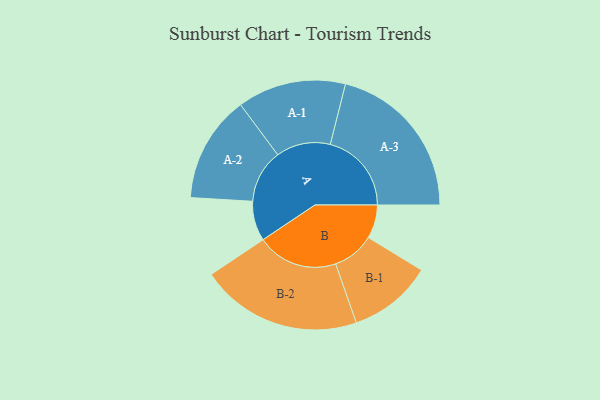
{"axis": {"x": "Segment", "y": "Value"}, "legend": ["", "A", "B"], "data": [{"x": "A", "y": 142, "type": ""}, {"x": "B", "y": 120, "type": ""}, {"x": "A-1", "y": 194, "type": "A"}, {"x": "A-2", "y": 191, "type": "A"}, {"x": "A-3", "y": 290, "type": "A"}, {"x": "B-1", "y": 150, "type": "B"}, {"x": "B-2", "y": 289, "type": "B"}]}